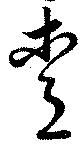
愛